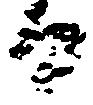
日